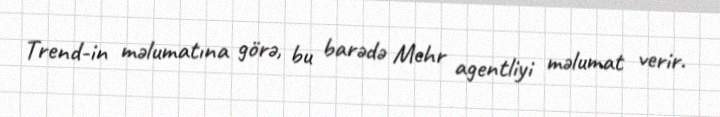
Trend-in məlumatına görə, bu barədə Mehr agentliyi məlumat verir.